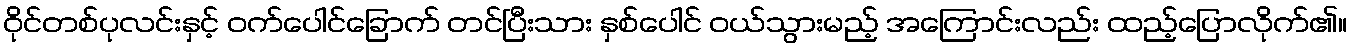
ဝိုင်တစ်ပုလင်းနှင့် ဝက်ပေါင်ခြောက် တင်ပြီးသား နှစ်ပေါင် ဝယ်သွားမည့် အကြောင်းလည်း ထည့်ပြောလိုက်၏။